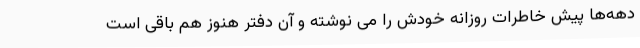
دهه‌ها پیش خاطرات روزانه خودش را می نوشته و آن دفتر هنوز هم باقی است